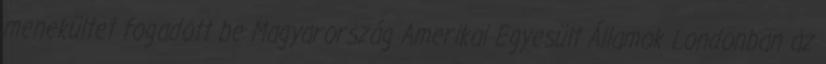
menekültet fogadott be Magyarország Amerikai Egyesült Államok Londonban az